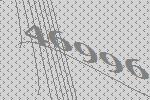
46996